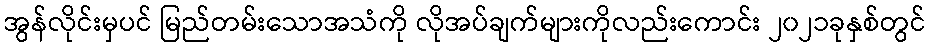
အွန်လိုင်းမှပင် မြည်တမ်းသောအသံကို လိုအပ်ချက်များကိုလည်းကောင်း ၂၀၂၁ခုနှစ်တွင်